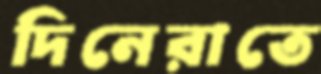
দিনেরাতে